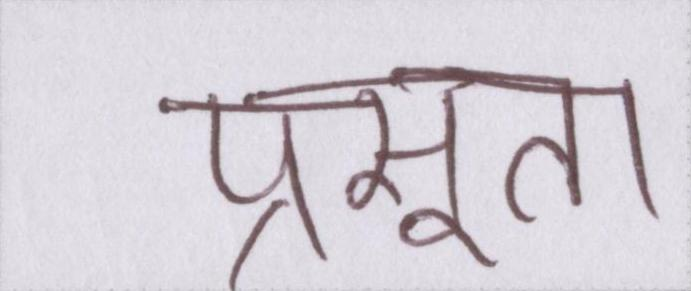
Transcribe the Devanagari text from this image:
प्रसूता